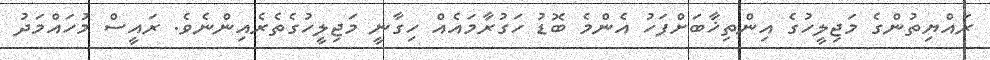
ރައްޔިތުންގެ މަޖިލީހުގެ އިންތިޚާބަށްފަހު އެންމެ ބޮޑު ހަގުރާމައެއް ހިގާނީ މަޖިލީހުގެތެރެއިންނެވެ. ރައީސް މުހައްމަދު